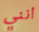
أنني